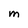
Character: M